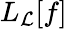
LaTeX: L_{\mathcal{L}}[f]